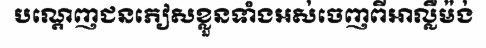
បណ្តេញជនភៀសខ្លួនទាំងអស់ចេញពីអាល្លឺម៉ង់